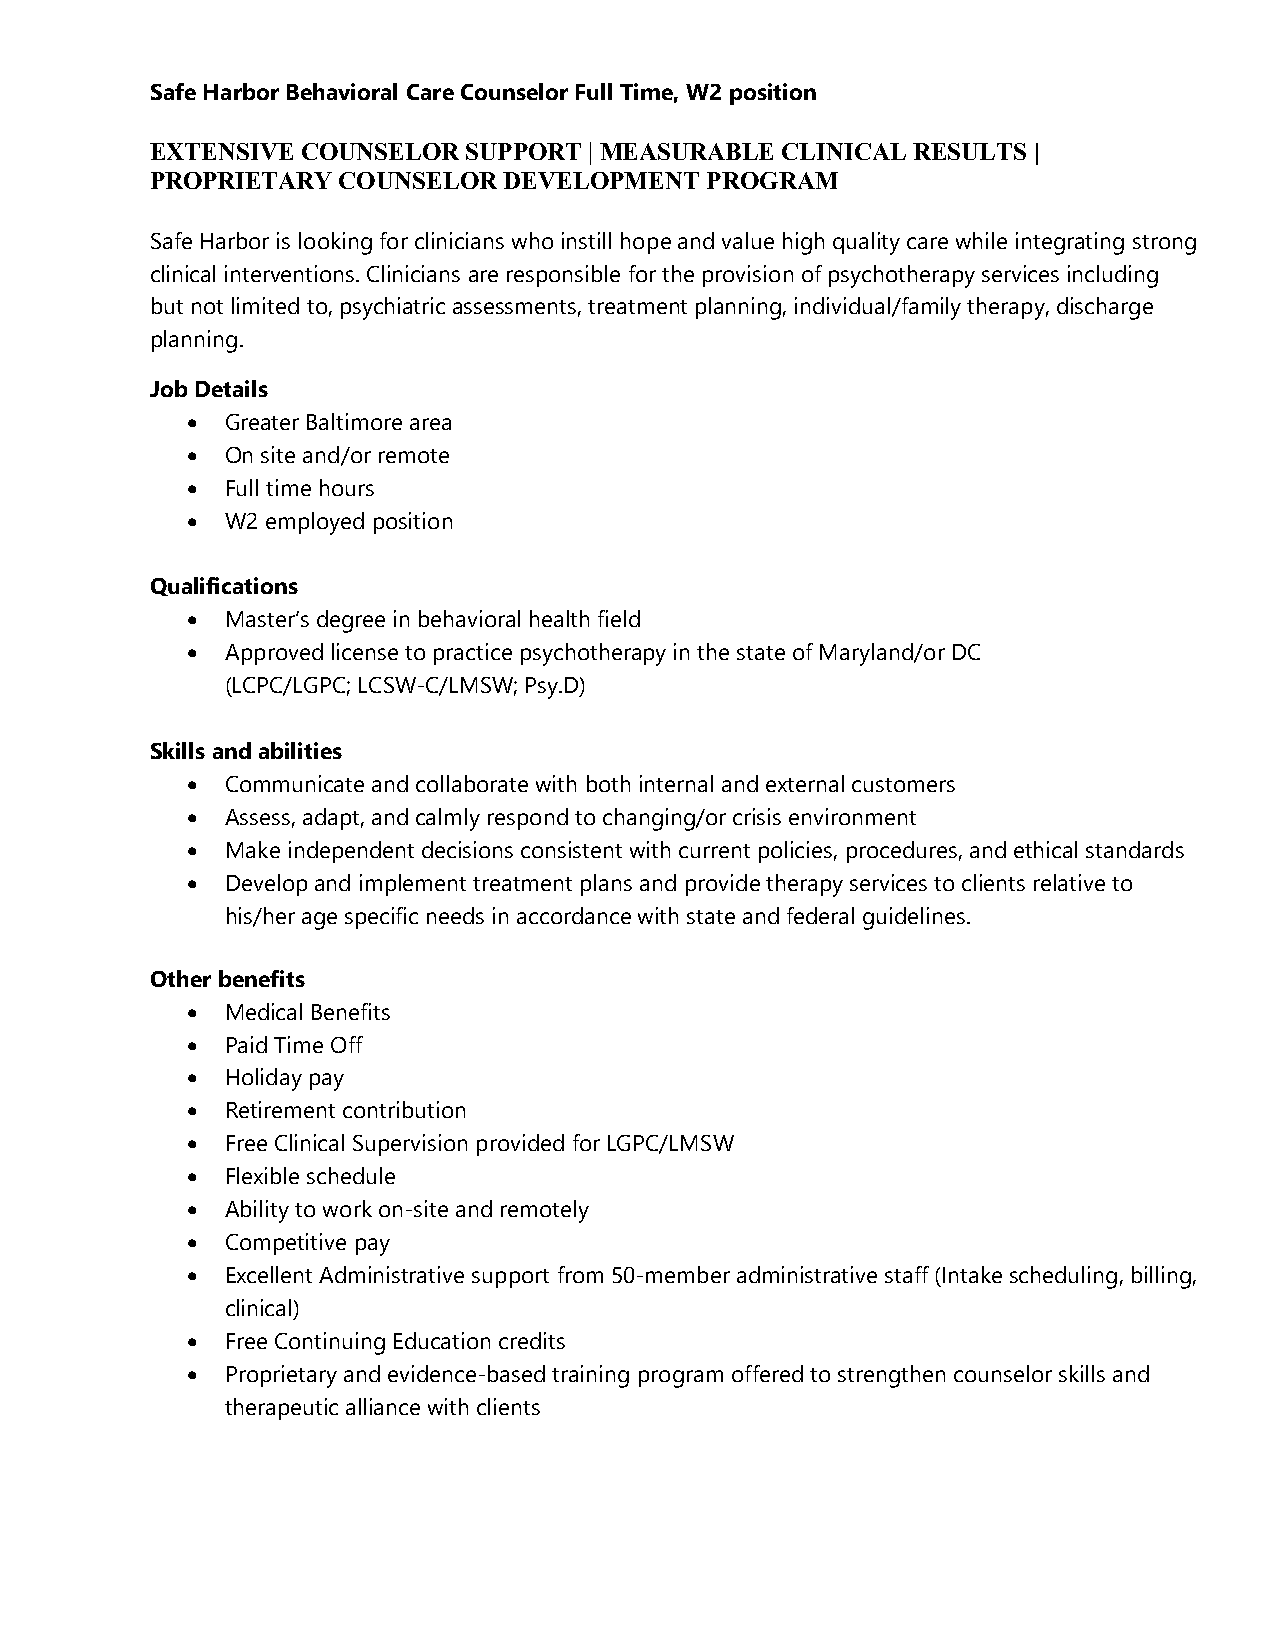
Safe Harbor Behavioral Care Counselor Full Time, W2 position
 EXTENSIVE COUNSELOR  SUPPORT | MEASURABLE CLINICAL RESULTS |
 PROPRIETARY COUNSELOR  DEVELOPMENT   PROGRAM
 Safe Harbor is looking for clinicians who instill hope and value high quality care while integrating strong
 clinical interventions. Clinicians are responsible for the provision of psychotherapy services including
 but not limited to, psychiatric assessments, treatment planning, individual/family therapy, discharge
 planning.
 Job Details
   Greater Baltimore area
   On site and/or remote
   Full time hours
   W2 employed position
 Qualifications
   Master’s degree in behavioral health field
   Approved license to practice psychotherapy in the state of Maryland/or DC
 (LCPC/LGPC; LCSW-C/LMSW; Psy.D)
 Skills and abilities
   Communicate and collaborate with both internal and external customers
   Assess, adapt, and calmly respond to changing/or crisis environment
   Make independent decisions consistent with current policies, procedures, and ethical standards
   Develop and implement treatment plans and provide therapy services to clients relative to
 his/her age specific needs in accordance with state and federal guidelines.
 Other benefits
   Medical Benefits
   Paid Time Off
   Holiday pay
   Retirement contribution
   Free Clinical Supervision provided for LGPC/LMSW
   Flexible schedule
   Ability to work on-site and remotely
   Competitive pay
   Excellent Administrative support from 50-member administrative staff (Intake scheduling, billing,
 clinical)
   Free Continuing Education credits
   Proprietary and evidence-based training program offered to strengthen counselor skills and
 therapeutic alliance with clients